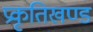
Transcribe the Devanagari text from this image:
प्रकृतिखण्ड